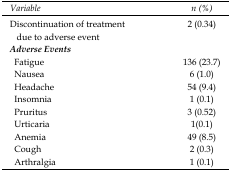
| Variable | n (%) |
 | --- | --- |
 | Discontinuation of treatment due to adverse event | 2 (0.34) |
 | Adverse Events |  |
 | Fatigue | 136 (23.7) |
 | Nausea | 6 (1.0) |
 | Headache | 54 (9.4) |
 | Insomnia | 1 (0.1) |
 | Pruritus | 3 (0.52) |
 | Urticaria | 1(0.1) |
 | Anemia | 49 (8.5) |
 | Cough | 2 (0.3) |
 | Arthralgia | 1 (0.1) |